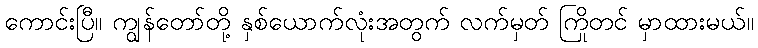
ကောင်းပြီ။ ကျွန်တော်တို့ နှစ်ယောက်လုံးအတွက် လက်မှတ် ကြိုတင် မှာထားမယ်။